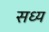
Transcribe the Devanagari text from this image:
सध्य